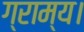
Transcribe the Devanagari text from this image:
ग्राम्य।